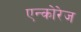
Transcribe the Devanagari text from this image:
एन्कोरेज